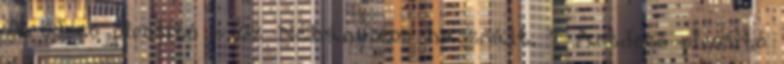
Artdeco pirosító - 62 Néhányszor használt. 1 Artdeco pirosító